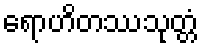
ရောဟိတဿသုတ္တံ